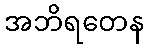
အဘိရတေန